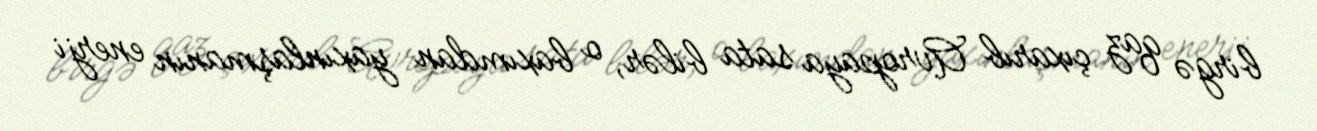
birgə qaz çıxarıb Avropaya sata bilər, o baxımdan yaxınlaşmanın enerji